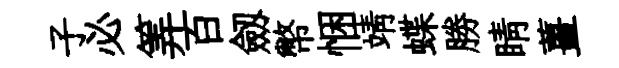
子必筭百劔幣悃靖蝶勝睛薑